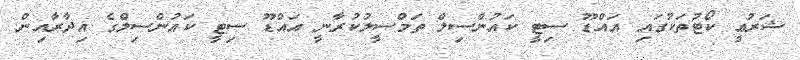
ޝަރުޢީ ކޯޓުތަކުގައި އައްޑޫ ސިޓީ ކައުންސިލް ތަމްސީލުކުރާނީ އައްޑޫ ސިޓީ ކައުންސިލްގެ އިދާރާއިން